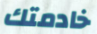
خادمتك